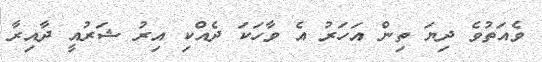
ވެއަތުވެ ދިޔަ ތިން އަހަރު އެ ވާހަކަ ދެއްކި އިރު ޝަރުއީ ދާއިރާ